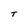
Character: T